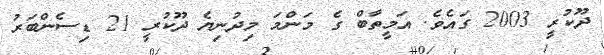
ދޫކުރީ 2003 ގައެވެ. އަމީތާބް ގެ މަންމަ މިދުނިޔެ ދޫކުރީ 21 ޑިސެންބަރު